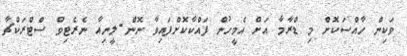
ވަކިން ހާއްސަކޮށް މި ޑްރާމާ އަށް އެމީހުން ފައްކާކޮށްފައިވާ ނޮން-ލީނިއާ ނެރެޓިވް ސްޓްރަކްޗާ